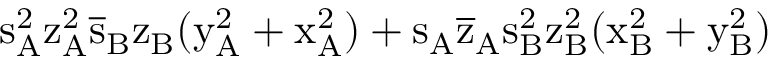
\mathrm { s _ { A } ^ { 2 } \mathrm { z _ { A } ^ { 2 } \mathrm { \overline { { s } } _ { B } \mathrm { z _ { B } ( \mathrm { y _ { A } ^ { 2 } + \mathrm { x _ { A } ^ { 2 } ) + \mathrm { s _ { A } \mathrm { \overline { { z } } _ { A } \mathrm { s _ { B } ^ { 2 } \mathrm { z _ { B } ^ { 2 } ( \mathrm { x _ { B } ^ { 2 } + \mathrm { y _ { B } ^ { 2 } ) } } } } } } } } } } } }